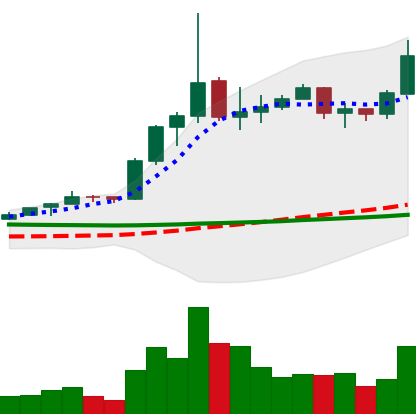
Ticker: ETC-USD
Chart end date: 2020-01-27
Forward return: 10.712%
Label: up_7plus